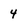
Character: 4